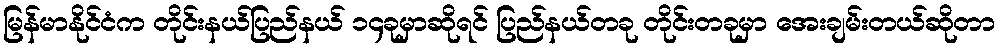
မြန်မာနိုင်ငံက တိုင်းနယ်ပြည်နယ် ၁၄ခုမှာဆိုရင် ပြည်နယ်တခု တိုင်းတခုမှာ အေးချမ်းတယ်ဆိုတာ